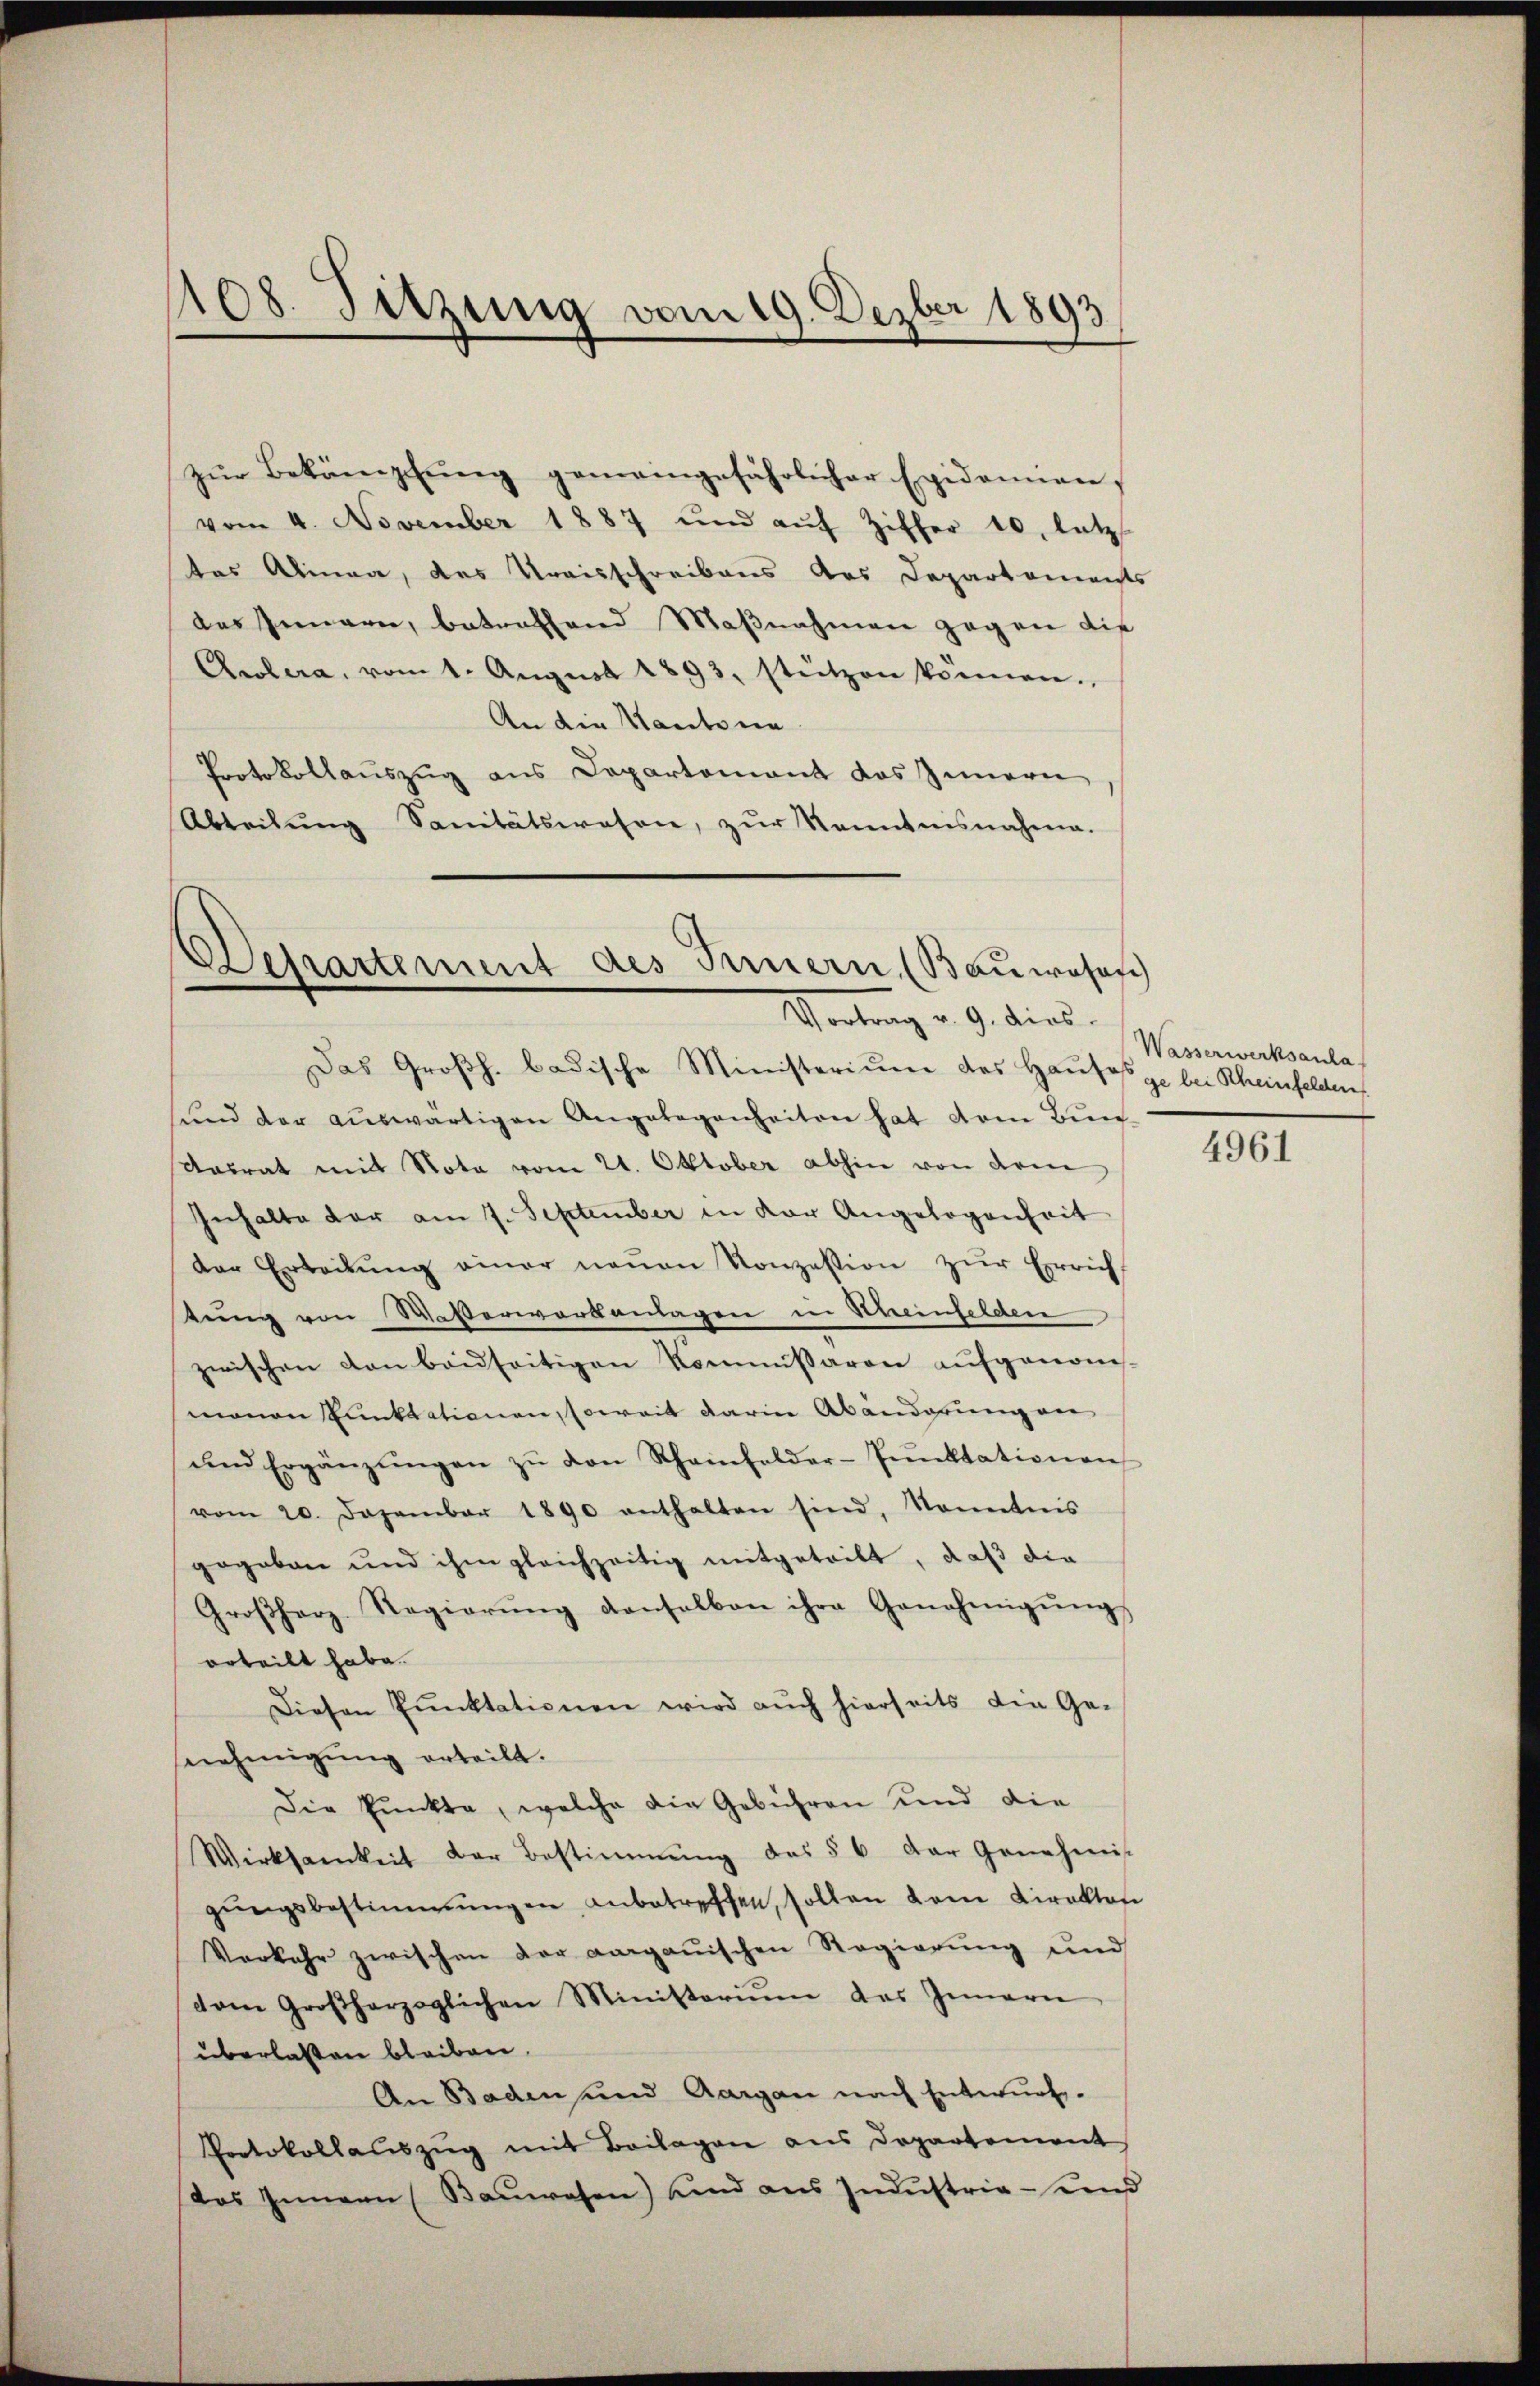
108. Sitzung vom 19. Dezber 1893

zŭr Bekämpfŭng gemeingefährlicher Epidemien,
vom 4. November 1887 und aŭf Ziffer 10, letz
das Alinea, das Kreisschreibens das Departements
des Innern, betreffend Maβnahmen gegen die
Awlera, vom 1. Aŭgust 1893, stützen können.
An die Kantona
Protokollauszug aus Departement das Innern
Abteilung Sanitätswesen, zur Kenntnisnahme.
Departement des Innern (Bauosasch

Vortrag v. 9. dies

Das Großh. badische Ministerium das Haŭsage bei Rheinfelden
sŭnd der aŭswärtigen Angelegenheiten hat vom Bun
Aasrat mit Nota vom 21. Oktober abhin von dem
Inhalte der am 7. September in der Angelegenheit
der Erbeitŭng einer neŭen Konzession zŭr Errich
tung von Waßerwortanlagen in Rheinfelden
zwischen von beidseitigen Kommissaron aufgenom-
monen Eintrationen, soweit darin Abänderung an
ŭnd Ergänzŭngen zŭ von Rheinfelder-Tŭnktationen
vom 20. Dezember 1890 enthalten sind, konntnis
gegeben und ihm gleichzeitig mitgeteilt, daß die
Groβharz Regierŭng denselben ihre Genehmigŭng,
orteilt habe.
Diesen Pŭnktationen wird aŭch hierseits die Ge-
nehmigung erteilt.
Die Punkte, welche die Gebühren und die
Wirksamkeit der Bestimmung des § 6 der Genehmi
gŭngsbestimmungen anbetreffen, sollen dem Kiroktore
Verkehr zwischen der aargauischen Regierŭng und
vom Großherzoglichen Ministoriŭm das Innern
überlassen bleiben.
An Baden und Aargau nach Entwurf.
PProtokollauszug mit Beilagen aus Departement
das Innern Baŭwesen) und ans Indŭstria-und

Wasserwerksanla

4961